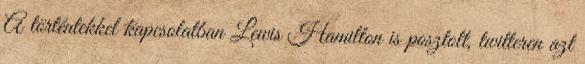
A történtekkel kapcsolatban Lewis Hamilton is posztolt, twitteren azt